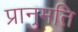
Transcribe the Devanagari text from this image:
प्रानुमति